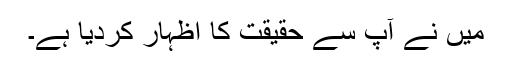
میں نے آپ سے حقیقت کا اظہار کردیا ہے۔